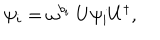
\psi _ { i } = \omega ^ { b _ { i } } \ U \psi _ { i } U ^ { \dagger } ,